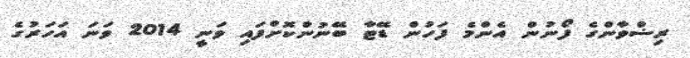
ރިޟްވާންގެ ފޯނުން އެންމެ ފަހުން ޑޭޓާ ބޭނުންކޮށްފައި ވަނީ 2014 ވަނަ އަހަރުގެ